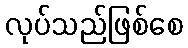
လုပ်သည်ဖြစ်စေ